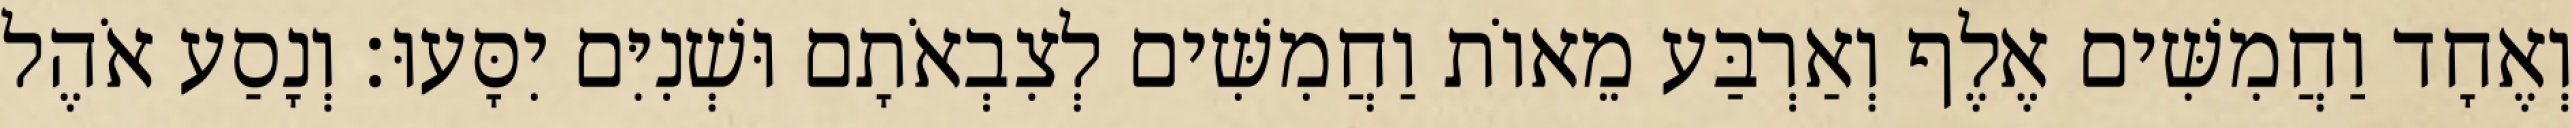
וְאֶחָד וַחֲמִשִּׁים אֶלֶף וְאַרְבַּע מֵאוֹת וַחֲמִשִּׁים לְצִבְאֹתָם וּשְׁנִיִּם יִסָּעוּ׃ וְנָסַע אֹהֶל